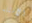
الأسئله